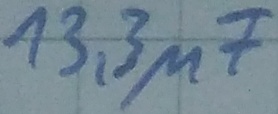
Text: 13,3µF